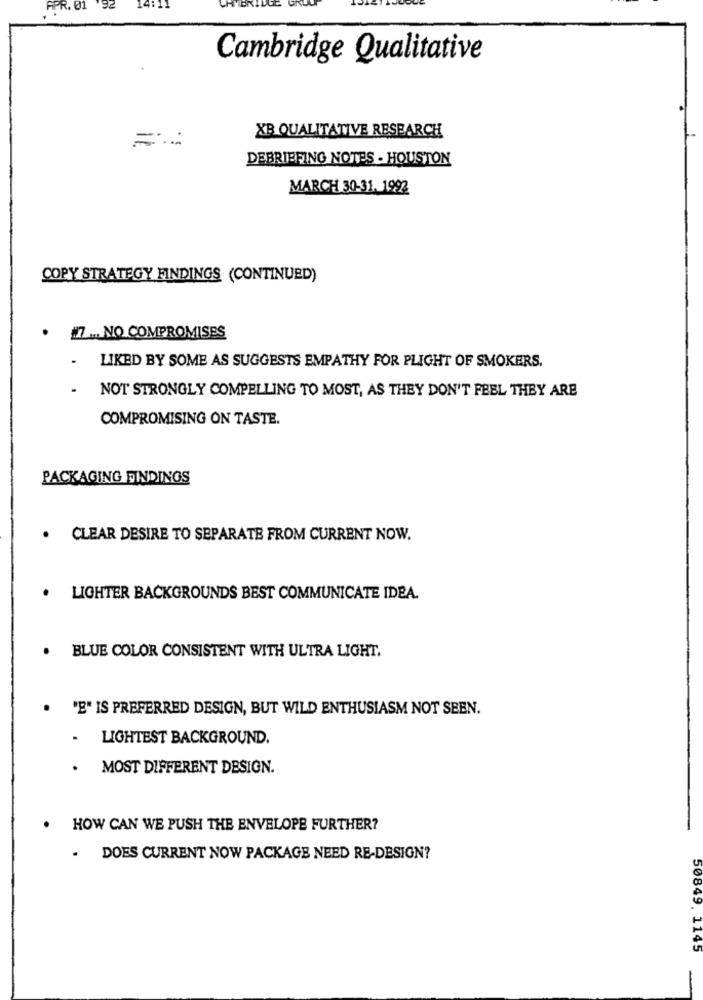
APR. 01 92
14:11
Cambridge Qualitative
XB QUALITATIVE RESEARCH
DEBRIEFING NOTES - HOUSTON
MARCH 30-31. 1992
COPY STRATEGY FINDINGS (CONTINUED)
. ... NO COMPROMISES
LIKED BY SOME AS SUGGESTS EMPATHY FOR PLIGHT OF SMOKERS.
NOT STRONGLY COMPELLING TO MOST, AS THEY DON'T FEEL THEY ARE
COMPROMISING ON TASTE.
PACKAGING FINDINGS
. CLEAR DESIRE TO SEPARATE FROM CURRENT NOW.
.
LIGHTER BACKGROUNDS BEST COMMUNICATE IDEA.
BLUE COLOR CONSISTENT WITH ULTRA LIGHT.
.
"E" IS PREFERRED DESIGN, BUT WILD ENTHUSIASM NOT SEEN.
LIGHTEST BACKGROUND.
. MOST DIFFERENT DESIGN.
.
HOW CAN WE PUSH THE ENVELOPE FURTHER?
. DOES CURRENT NOW PACKAGE NEED RE-DESIGN?
50849. 1145